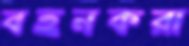
বহনকরা